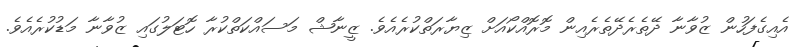
އެއިގެފަހުން ޒުވާނާ ދޭތެރެދޭތެރެއިން މޮރޮއްކޯއަށް ޒިޔާރަތްކުރެއެވެ. ޒީނާޝް މަސައްކަތްކުރާ ހޮޓަލުގައި ޒުވާނާ މަޑުކުރެއެވެ.